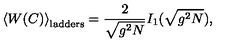
\left< W ( C ) \right> _ { \mathrm { l a d d e r s } } = \frac { 2 } { \sqrt { g ^ { 2 } N } } I _ { 1 } ( \sqrt { g ^ { 2 } N } ) ,